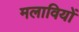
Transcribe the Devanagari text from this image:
मलावियों